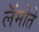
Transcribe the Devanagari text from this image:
लॅमोते